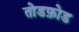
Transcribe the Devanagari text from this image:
तोडफ़ोड